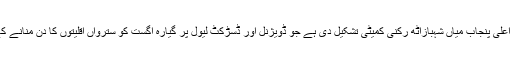
ذرائع کے مطابق وزیر اعلی پنجاب میاں شہبازآٹھ رکنی کمیٹی تشکیل دی ہے جو ڈویژنل اور ڈسڑکٹ لیول پر گیارہ اگست کو سترواں اقلیتوں کا دن منانے کے انتظامات کرے گی ۔